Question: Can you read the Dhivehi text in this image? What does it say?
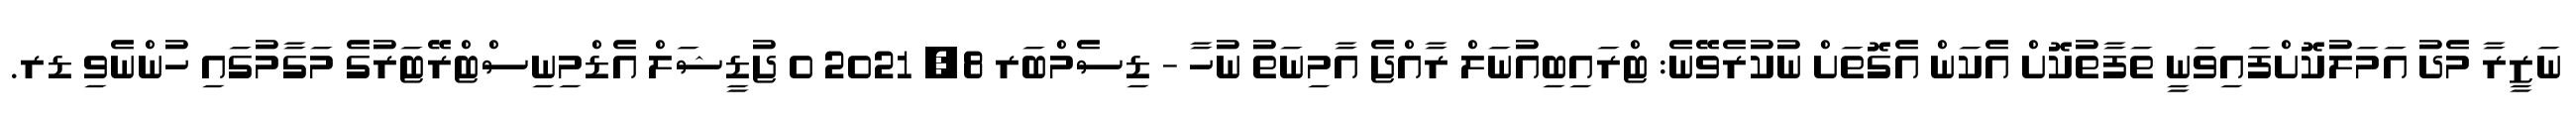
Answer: ނަޒީރާ މެދު އަމަލުކޮށްފައިވަނީ ތަފާތުކޮށް އެކަން އެގޮތަށް ނުކުރެވޭނެ: ޓްރައިބިއުނަލް ރާއްޖެ އާމިނަތު ނުހާ - ޑިސެމްބަރ 8, 2021 0 ޖުޑީޝަލް އެޑްމިނިސްޓްރޭޓަރުގެ މަގާމުގައި ހުންނެވި ޑރ.